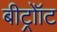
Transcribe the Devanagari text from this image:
बीट्रोॉट